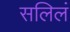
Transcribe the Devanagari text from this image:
सलिलं